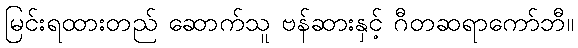
မြင်းရထားတည် ဆောက်သူ ဗန်ဆားနှင့် ဂီတဆရာကော်ဘီ။